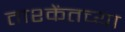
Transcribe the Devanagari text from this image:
ताश्केंतच्या